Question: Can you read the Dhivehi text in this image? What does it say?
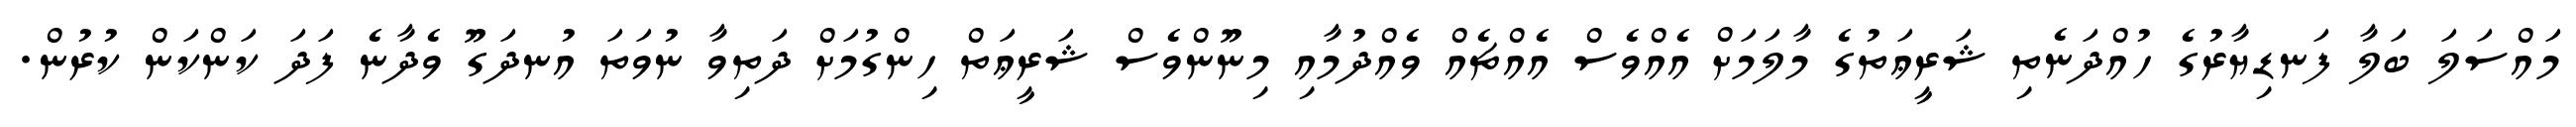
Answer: މައްސަލަ ބަލާ ފަނޑިޔާރުގެ ހުއްދަނެތި ޝަރީޢަތުގެ މާލަމަށް އެއްވެސް އެއްޗެއް ވެއްދުމާއި މިނޫންވެސް ޝަރީޢަތް ހިންގުމަށް ދަތިވާ ނުވަތަ އުނދަގޫ ވެދާނެ ފަދަ ކަންކަން ކުރުން.